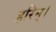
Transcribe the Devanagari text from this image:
हरिम्।